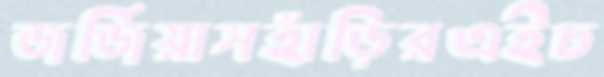
জর্জিয়াসহাঁড়িরএইচ